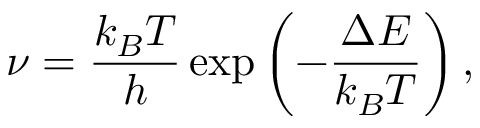
\nu = \frac { k _ { B } T } { h } \exp \left( - \frac { \Delta E } { k _ { B } T } \right) ,